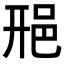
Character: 𨚆